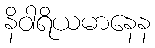
နိဝါရိယမာနေန